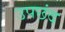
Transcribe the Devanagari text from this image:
उपछंद